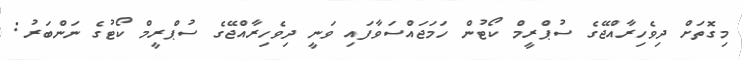
މިގޮތަށް ދިވެހިރާއްޖޭގެ ސުޕްރީމް ކޯޓުން ހަމަޖައްސަވާފައި ވަނީ ދިވެހިރާއްޖޭގެ ސުޕްރީމް ކޯޓުގެ ނަންބަރު: